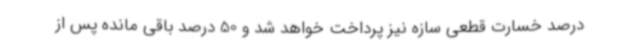
درصد خسارت قطعی سازه نیز پرداخت خواهد شد و 50 درصد باقی مانده پس از